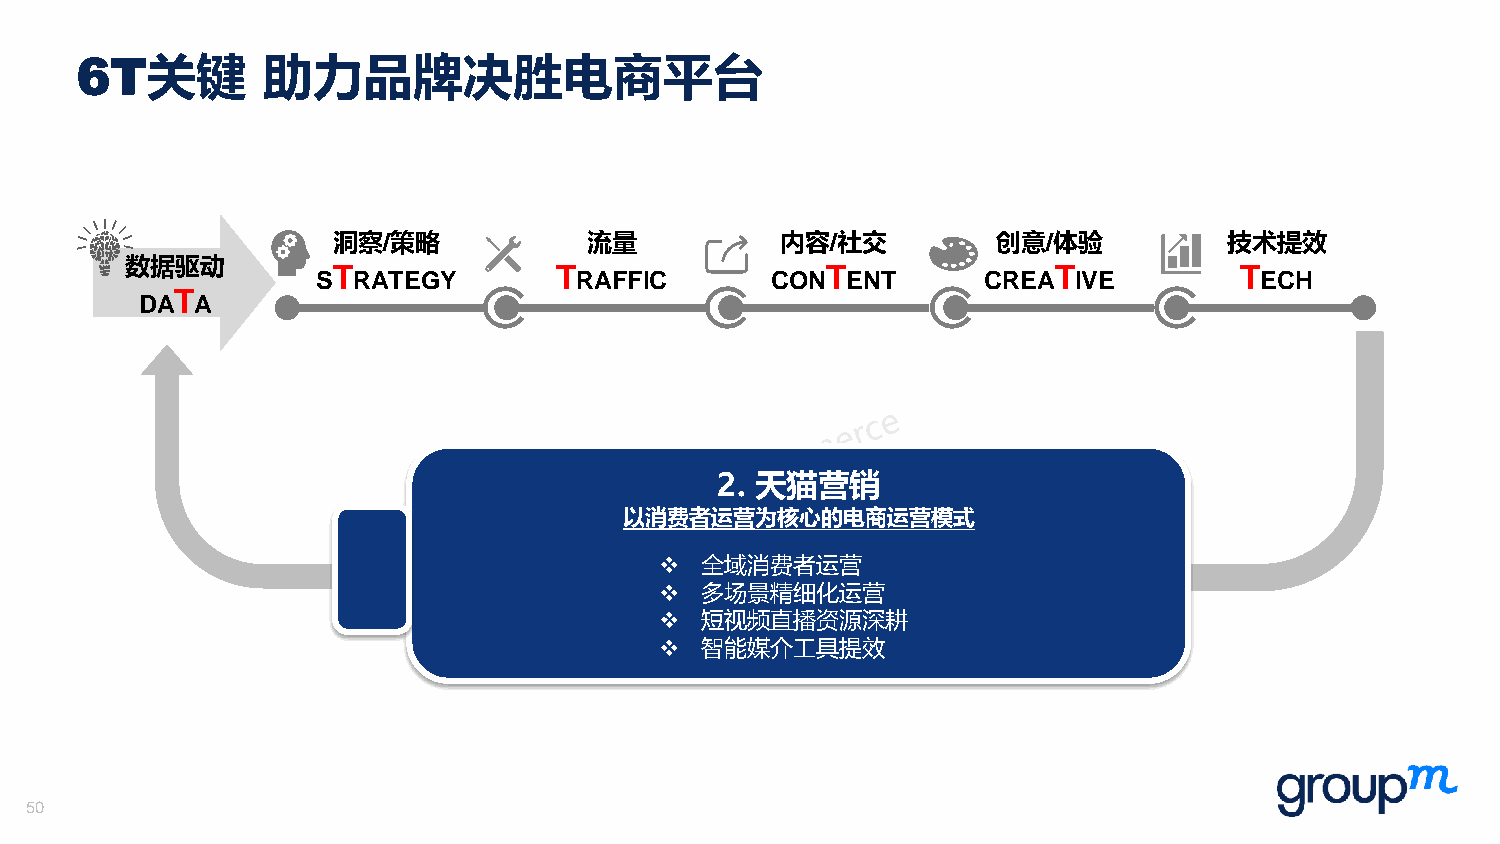
6T关键        助力品牌决胜电商平台
 洞察/策略            流量           内容/社交         创意/体验          技术提效
 数据驱动
 T              T                 T              T           T
 S RATEGY         RAFFIC       CON  ENT      CREA  IVE         ECH
 T
 DA  A
 2. 天猫营销
 以消费者运营为核心的电商运营模式
 ❖ 全域消费者运营
 ❖ 多场景精细化运营
 ❖ 短视频直播资源深耕
 ❖ 智能媒介工具提效
 50